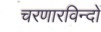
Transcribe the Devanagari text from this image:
चरणारविन्दों